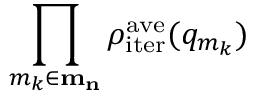
\prod _ { m _ { k } \in \mathbf { m _ { n } } } \rho _ { \mathrm { i t e r } } ^ { \mathrm { a v e } } ( q _ { m _ { k } } )